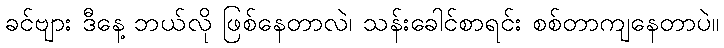
ခင်ဗျား ဒီနေ့ ဘယ်လို ဖြစ်နေတာလဲ၊ သန်းခေါင်စာရင်း စစ်တာကျနေတာပဲ။